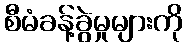
စီမံခန့်ခွဲမှုများကို